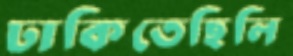
ঢাকিতেছিলি